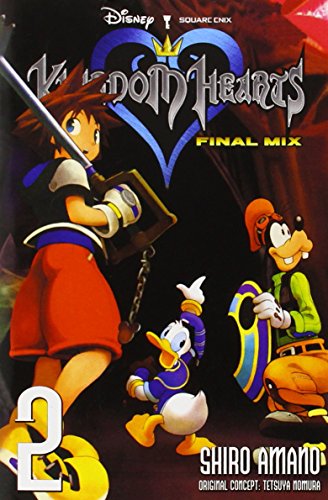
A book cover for Kingdom Hearts: Final Mix, Vol. 2; Comics & Graphic Novels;